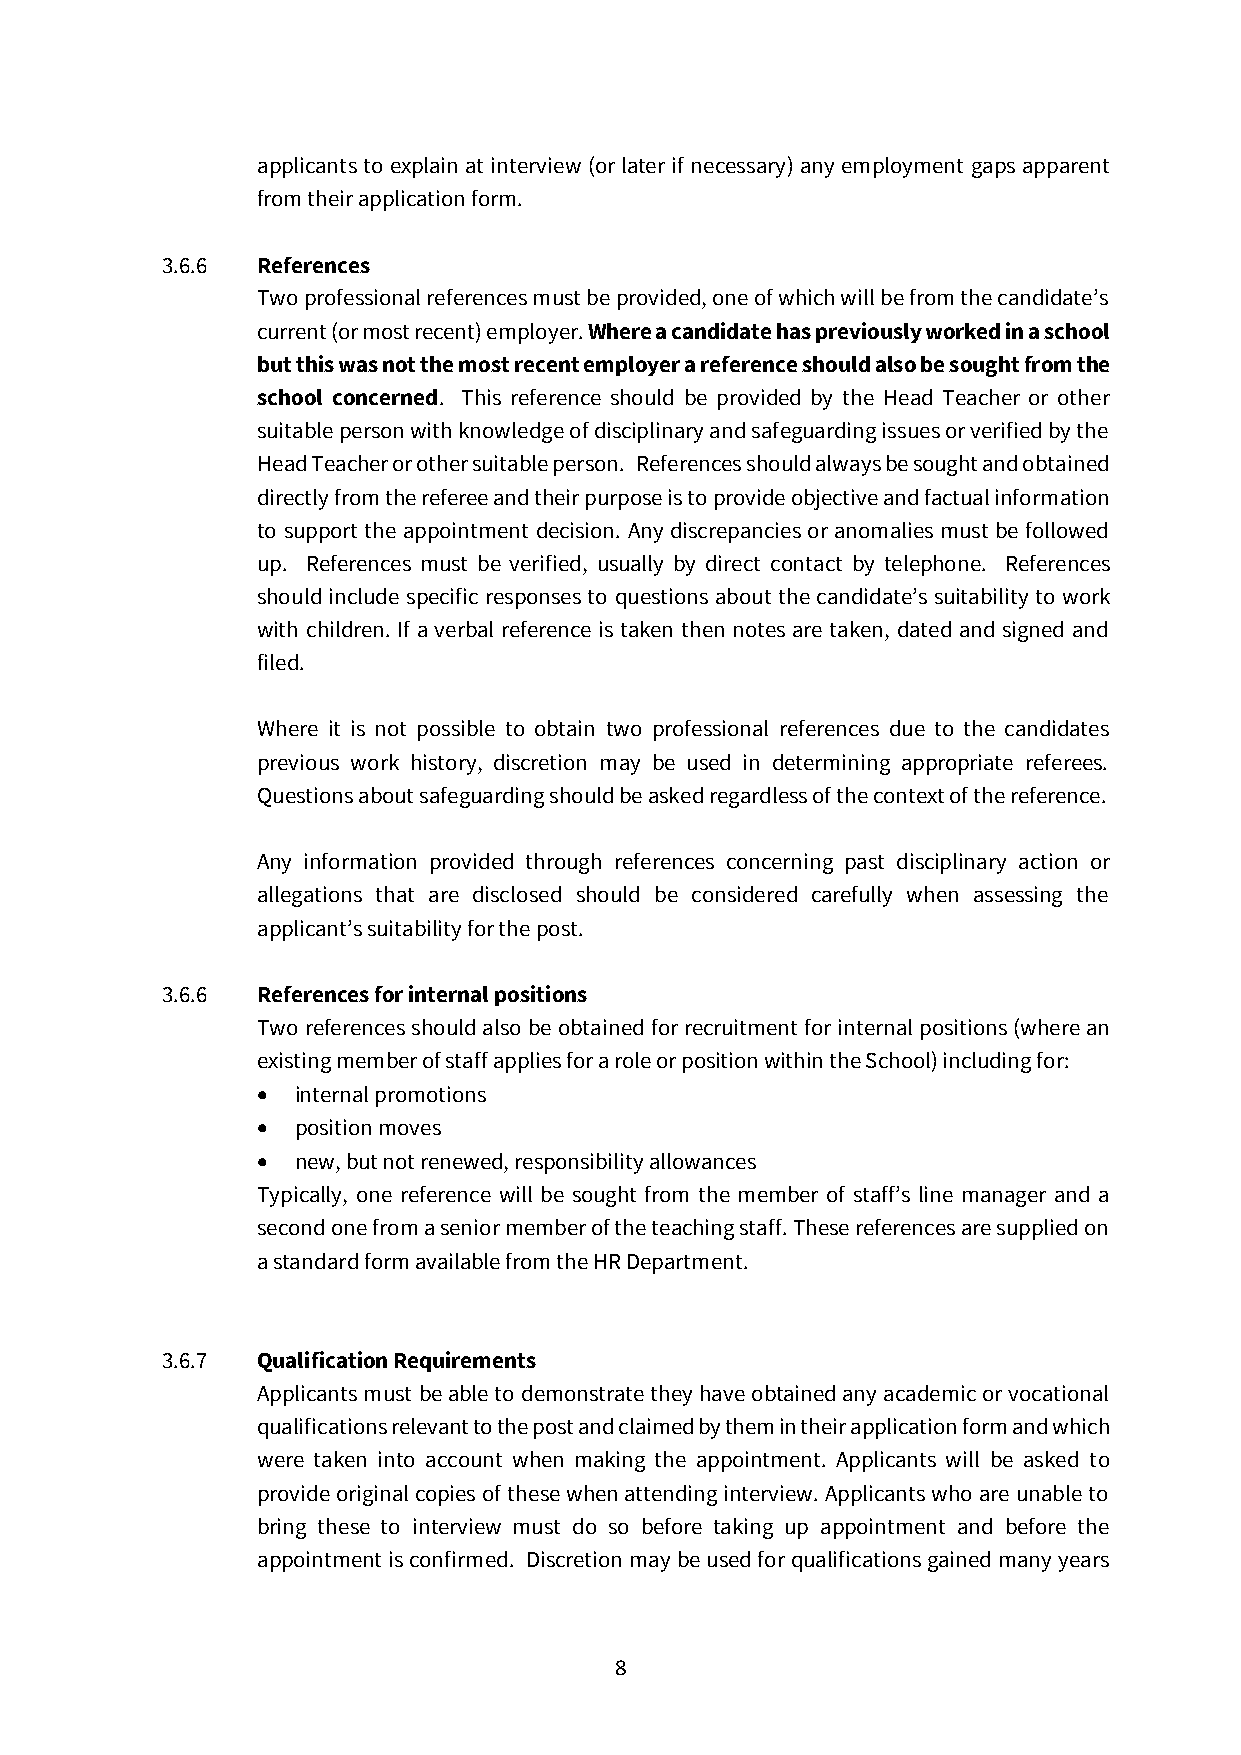
applicants to explain at interview (or later if necessary) any employment gaps apparent
 from their application form.
 3.6.6 References
 Two professional references must be provided, one of which will be from the candidate’s
 current (or most recent) employer. Where a candidate has previously worked in a school
 but this was not the most recent employer a reference should also be sought from the
 school concerned. This reference should be provided by the Head Teacher or other
 suitable person with knowledge of disciplinary and safeguarding issues or verified by the
 Head Teacher or other suitable person. References should always be sought and obtained
 directly from the referee and their purpose is to provide objective and factual information
 to support the appointment decision. Any discrepancies or anomalies must be followed
 up. References must be verified, usually by direct contact by telephone. References
 should include specific responses to questions about the candidate’s suitability to work
 with children. If a verbal reference is taken then notes are taken, dated and signed and
 filed.
 Where it is not possible to obtain two professional references due to the candidates
 previous work history, discretion may be used in determining appropriate referees.
 Questions about safeguarding should be asked regardless of the context of the reference.
 Any information provided through references concerning past disciplinary action or
 allegations that are disclosed should be considered carefully when assessing the
 applicant’s suitability for the post.
 3.6.6 References for internal positions
 Two references should also be obtained for recruitment for internal positions (where an
 existing member of staff applies for a role or position within the School) including for:
 • internal promotions
 • position moves
 • new, but not renewed, responsibility allowances
 Typically, one reference will be sought from the member of staff’s line manager and a
 second one from a senior member of the teaching staff. These references are supplied on
 a standard form available from the HR Department.
 3.6.7 Qualification Requirements
 Applicants must be able to demonstrate they have obtained any academic or vocational
 qualifications relevant to the post and claimed by them in their application form and which
 were taken into account when making the appointment. Applicants will be asked to
 provide original copies of these when attending interview. Applicants who are unable to
 bring these to interview must do so before taking up appointment and before the
 appointment is confirmed. Discretion may be used for qualifications gained many years
 8